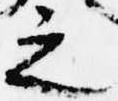
之